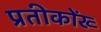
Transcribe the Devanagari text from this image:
प्रतीकोंख्‍